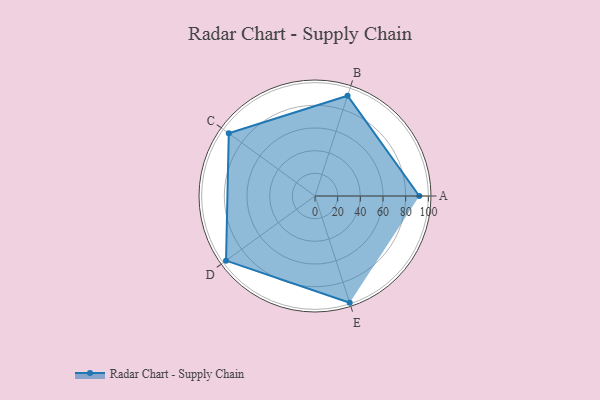
{"axis": {"x": "Skill", "y": "Score"}, "legend": ["Profile"], "data": [{"x": "A", "y": 92.0, "type": "Profile"}, {"x": "B", "y": 93.0, "type": "Profile"}, {"x": "C", "y": 94.0, "type": "Profile"}, {"x": "D", "y": 97.0, "type": "Profile"}, {"x": "E", "y": 99, "type": "Profile"}]}